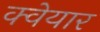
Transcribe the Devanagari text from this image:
क्वेयार